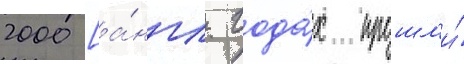
2000 [а́нгл. года́х прошл'и́